Report of the Indian Hemp Drugs Commission, 1894-1895 - Volume V
Year: 1894
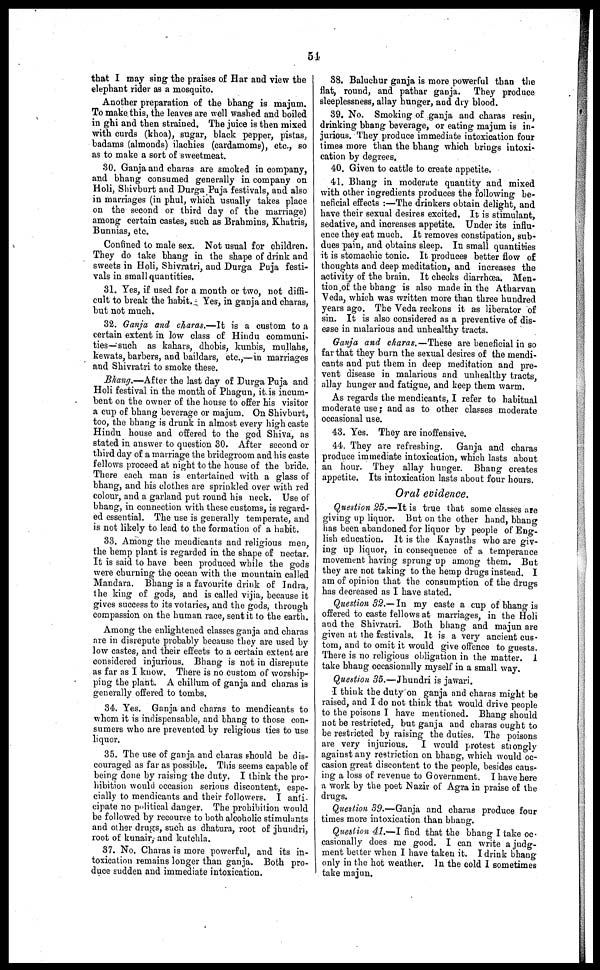
51
that I may sing the praises of Har and view the
elephant rider as a mosquito.
Another preparation of the bhang is majum.
To make this, the leaves are well washed and boiled
in ghi and then strained. The juice is then mixed
with curds (khoa), sugar, black pepper, pistas,
badams (almonds) ilachies (cardamoms), etc., so
as to make a sort of sweetmeat.
30. Ganja and charas are smoked in company,
and bhang consumed generally in company on
Holi, Shivburt and Durga Puja festivals, and also
in marriages (in phul, which usually takes place
on the second or third day of the marriage)
among certain castes, such as Brahmins, Khatris,
Bunnias, etc.
Confined to male sex. Not usual for children.
They do take bhang in the shape of drink and
sweets in Holi, Shivratri, and Durga Puja festi-
vals in small quantities.
31. Yes, if used for a month or two, not diffi-
cult to break the habit. Yes, in ganja and charas,
but not much.
32. Ganja and charas.—It is a custom to a
certain extent in low class of Hindu communi-
ties—such as kahars, dhobis, kunbis, mullahs,
kewats, barbers, and baildars, etc.,—in marriages
and Shivratri to smoke these.
Bhang.—After the last day of Durga Puja and
Holi festival in the month of Phagun, it is incum-
bent on the owner of the house to offer his visitor
a cup of bhang beverage or majum. On Shivburt,
too, the bhang is drunk in almost every high caste
Hindu house and offered to the god Shiva, as
stated in answer to question 30. After second or
third day of a marriage the bridegroom and his caste
fellows proceed at night to the house of the bride.
There each man is entertained with a glass of
bhang, and his clothes are sprinkled over with red
colour, and a garland put round his neck. Use of
bhang, in connection with these customs, is regard-
ed essential. The use is generally temperate, and
is not likely to lead to the formation of a habit.
33. Among the mendicants and religious men,
the hemp plant is regarded in the shape of nectar.
It is said to have been produced while the gods
were churning the ocean with the mountain called
Mandara. Bhang is a favourite drink of Indra,
the king of gods, and is called vijia, because it
gives success to its votaries, and the gods, through
compassion on the human race, sent it to the earth.
Among the enlightened classes ganja and charas
are in disrepute probably because they are used by
low castes, and their effects to a certain extent are
considered injurious. Bhang is not in disrepute
as far as I know. There is no custom of worship-
ping the plant. A chillum of ganja and charas is
generally offered to tombs.
34. Yes. Ganja and charas to mendicants to
whom it is indispensable, and bhang to those con-
sumers who are prevented by religious ties to use
liquor.
35. The use of ganja and charas should be dis-
couraged as far as possible. This seems capable of
being done by raising the duty. I think the pro-
hibition would occasion serious discontent, espe-
cially to mendicants and their followers. I anti-
cipate no political danger. The prohibition would
be followed by recourse to both alcoholic stimulants
and other drugs, such as dhatura, root of jhundri,
root of kunair, and kutchla.
37. No. Charas is more powerful, and its in-
toxication remains longer than ganja. Both pro-
duce sudden and immediate intoxication.
38. Baluchur ganja is more powerful than the
flat, round, and pathar ganja. They produce
sleeplessness, allay hunger, and dry blood.
39. No. Smoking of ganja and charas resin,
drinking bhang beverage, or eating majum is in-
jurious. They produce immediate intoxication four
times more than the bhang which brings intoxi-
cation by degrees.
40. Given to cattle to create appetite.
41. Bhang in moderate quantity and mixed
with other ingredients produces the following be-
neficial effects :—The drinkers obtain delight, and
have their sexual desires excited. It is stimulant,
sedative, and increases appetite. Under its influ-
ence they eat much. It removes constipation, sub-
dues pain, and obtains sleep. In small quantities
it is stomachic tonic. It produces better flow of
thoughts and deep meditation, and increases the
activity of the brain. It checks diarrhoea. Men-
tion of the bhang is also made in the Atharvan
Veda, which was written more than three hundred
years ago. The Veda reckons it as liberator of
sin. It is also considered as a preventive of dis-
ease in malarious and unhealthy tracts.
Ganja and charas.—These are beneficial in so
far that they burn the sexual desires of the mendi-
cants and put them in deep meditation and pre-
vent disease in malarious and unhealthy tracts,
allay hunger and fatigue, and keep them warm.
As regards the mendicants, I refer to habitual
moderate use ; and as to other classes moderate
occasional use.
43. Yes. They are inoffensive.
44. They are refreshing.
Ganja and charas
produce immediate intoxication, which lasts about
an hour. They allay hunger. Bhang creates
appetite. Its intoxication lasts about four hours.
Oral evidence.
Question 25.—It is true that some classes are
giving up liquor. But on the other hand, bhang
has been abandoned for liquor by people of Eng-
lish education. It is the Kayasths who are giv-
ing up liquor, in consequence of a temperance
movement having sprung up among them. But
they are not taking to the hemp drugs instead. I
am of opinion that the consumption of the drugs
has decreased as I have stated.
Question 32.—In my caste a cup of bhang is
offered to caste fellows at marriages, in the Holi
and the Shivratri. Both bhang and majun are
given at the festivals. It is a very ancient cus-
tom, and to omit it would give offence to guests.
There is no religious obligation in the matter. 1
take bhang occasionally myself in a small way.
Question 35.—Jhundri is jawari.
I think the duty on ganja and charas might be
raised, and I do not think that would drive people
to the poisons I have mentioned. Bhang should
not be restricted, but ganja and charas ought to
be restricted by raising the duties. The poisons
are very injurious. I would protest strongly
against any restriction on bhang, which would oc-
casion great discontent to the people, besides caus-
ing a loss of revenue to Government. I have here
a work by the poet Nazir of Agra in praise of the
drugs.
Question 39.—Ganja and charas produce four
times more intoxication than bhang.
Question 41.—I find that the bhang I take oc-
casionally does me good. I can write a judg-
ment better when I have taken it. I drink bhang
only in the hot weather. In the cold I sometimes
take majun.